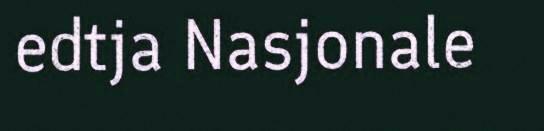
edtja Nasjonale